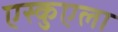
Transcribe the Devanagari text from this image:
एस्कुएला